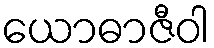
ယောဓာဇီဝါ